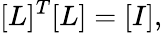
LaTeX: [L]^{T}[L]=[I],